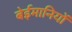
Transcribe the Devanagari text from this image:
बेईमानियों